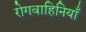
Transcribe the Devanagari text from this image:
रोगवाहिनियाँ